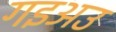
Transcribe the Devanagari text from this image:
गइअउ